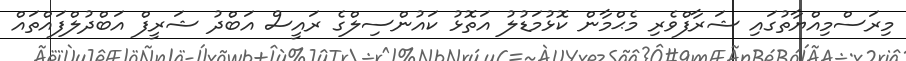
މިރަސްމިއްޔާތުގައި ޝަރާފްވެރި މެޙްމާން ކޮޅުމަޑުލު އަތޮޅު ކައުންސިލްގެ ރައީސް އަބްދު ޝަރީފް އަބްދުލްފައްތައް